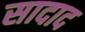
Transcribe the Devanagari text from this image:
सादाद